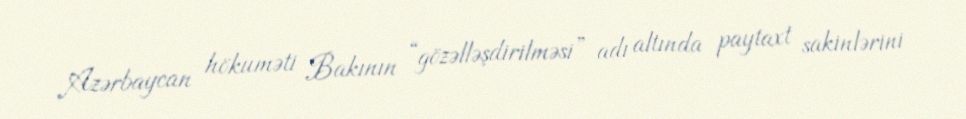
Azərbaycan hökuməti Bakının “gözəlləşdirilməsi” adı altında paytaxt sakinlərini